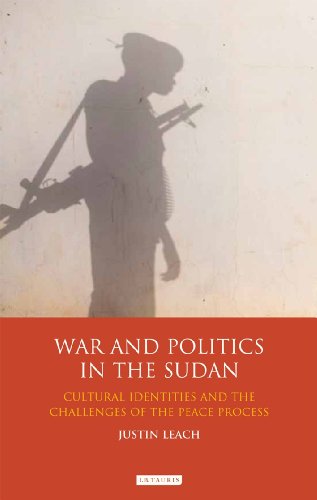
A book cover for War and Politics in Sudan: Cultural Identities and the Challenges of the Peace Process (International Library of African Studies); Justin Leach; History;